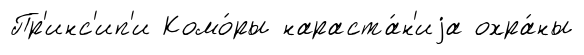
Пр'инс'ип'и Комо́ры нараста́н'иjа охра́ны